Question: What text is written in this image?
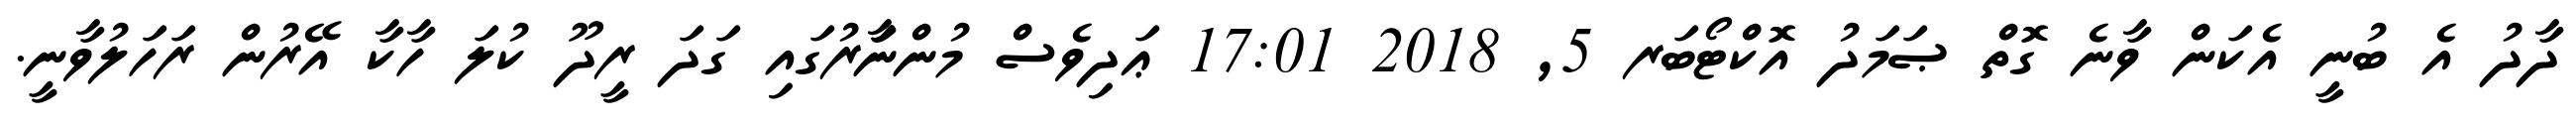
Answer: ދާދު އެ ބުނީ އެކަން ވާނެ ގޮތް ޞަމަދު އޮކްޓޯބަރ 5, 2018 17:01 ޢަދިވެސް މުންނަަާރުގައި ގަދަ ރީދޫ ކުލަ ހާކާ އޭރުން ރަހަލުވާނީ.